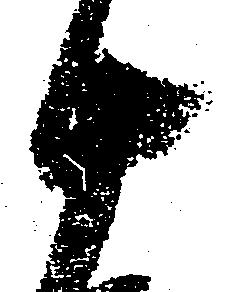
十